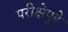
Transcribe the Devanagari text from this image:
परीक्षेपुढे